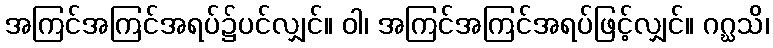
အကြင်အကြင်အရပ်၌ပင်လျှင်။ ဝါ၊ အကြင်အကြင်အရပ်ဖြင့်လျှင်။ ဂဂ္ဃသိ၊